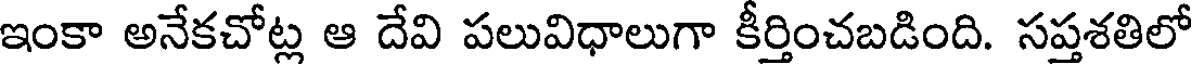
ఇంకా అనేకచోట్ల ఆ దేవి పలువిధాలుగా కీర్తించబడింది. సప్తశతిలో